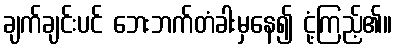
ချက်ချင်းပင် ဘေးဘက်တံခါးမှနေ၍ ငုံ့ကြည့်၏။